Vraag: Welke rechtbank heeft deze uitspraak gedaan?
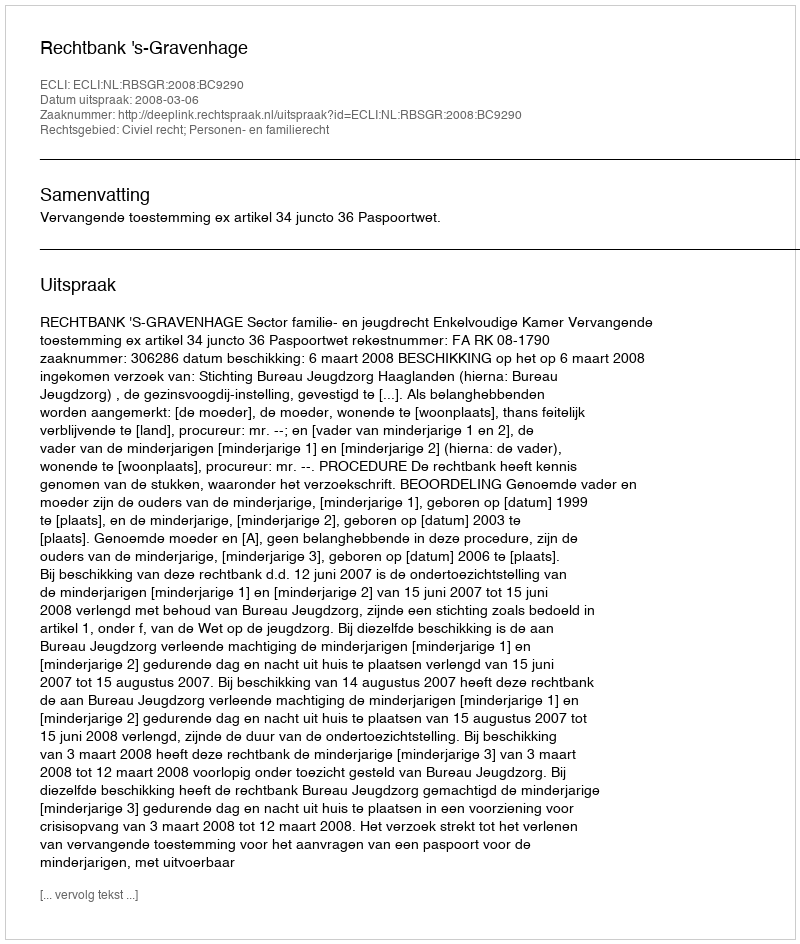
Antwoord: Rechtbank 's-Gravenhage